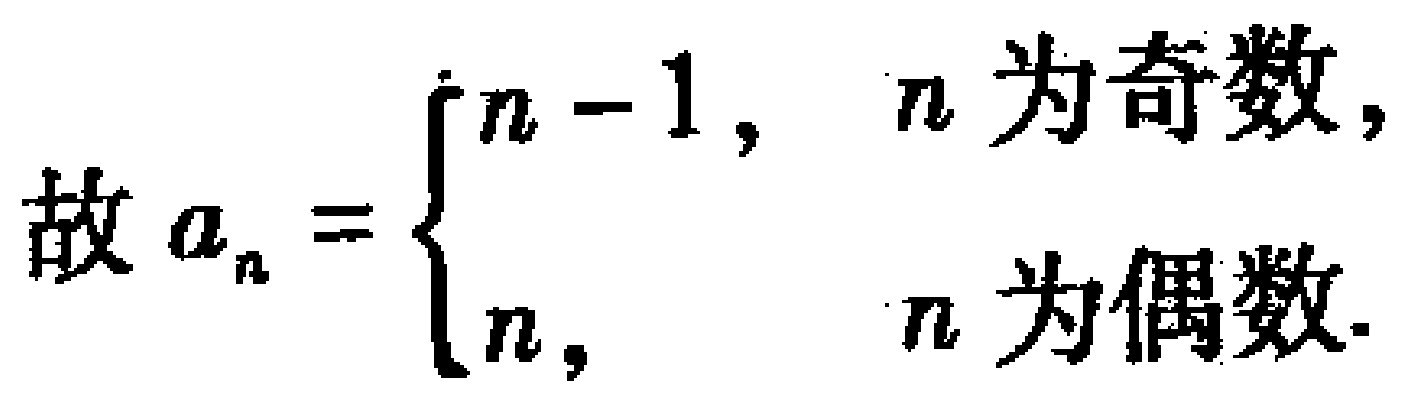
故 \(a_{n}=\begin{cases}n - 1, & n\text{ 为奇数},\\n, & n\text{ 为偶数}.\end{cases}\)